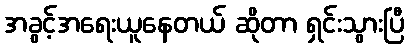
အခွင့်အရေးယူနေတယ် ဆိုတာ ရှင်းသွားပြီ